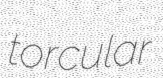
torcular